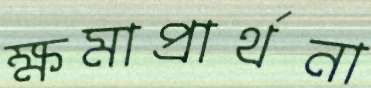
ক্ষমাপ্রার্থনা